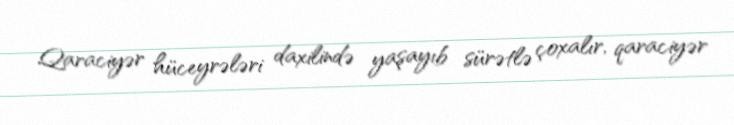
Qaraciyər hüceyrələri daxilində yaşayıb sürətlə çoxalır, qaraciyər